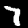
Label: 7